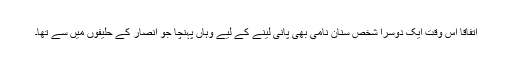
اتفاقاً اس وقت ایک دوسرا شخص سنان نامی بھی پانی لینے کے لیے وہاں پہنچا جو انصار کے حلیفوں میں سے تھا۔